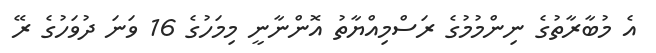
އެ މުބާރާތުގެ ނިންމުމުގެ ރަސްމިއްޔާތު އޮންނާނީ މިމަހުގެ 16 ވަނަ ދުވަހުގެ ރޭ